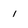
Character: 1